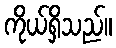
ကိုယ်ရှိသည်။